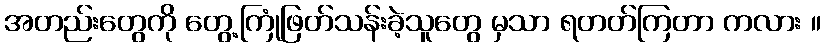
အတည်းတွေကို တွေ့ကြုံဖြတ်သန်းခဲ့သူတွေ မှသာ ရတတ်ကြတာ ကလား ။